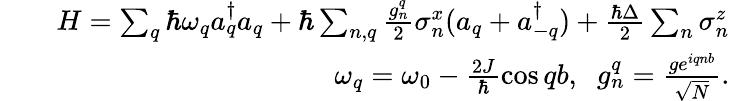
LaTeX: \begin{array}{rlr}&{}&{H=\sum_{q}\hbar\omega_{q}a_{q}^{\dagger}a_{q}+\hbar\sum_{n,q}\frac{g_{n}^{q}}{2}\sigma_{n}^{x}(a_{q}+a_{-q}^{\dagger})+\frac{\hbar\Delta}{2}\sum_{n}\sigma_{n}^{z}}\\ &{}&{\omega_{q}=\omega_{0}-\frac{2J}{\hbar}\cos qb,\; \; g_{n}^{q}=\frac{ge^{iqnb}}{\sqrt{N}}.}\end{array}